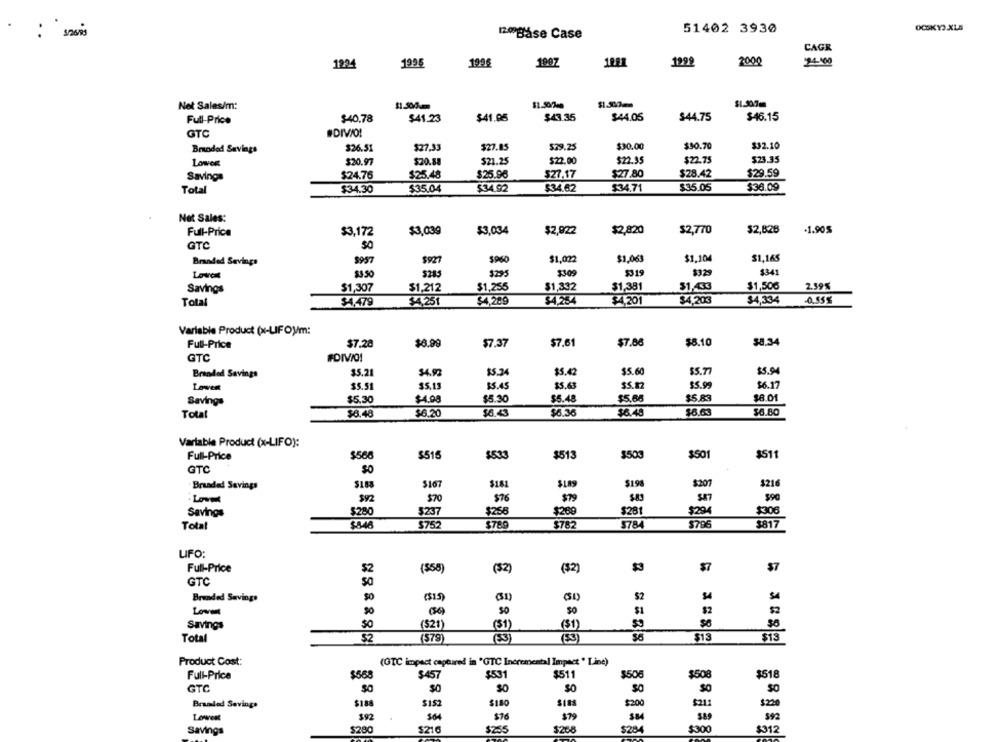
51402 3930
120Båse Case
CAGR
1934
1995
1996
1907
1992
2000
24-100
$1.50/7cm
$1.500m
$1.300m
Net Sales/m:
$40.78
$41.23
$41.05
$43.35
$44.05
$44.75
$46.15
Full-Price
GTC
#DIVO!
Branded Savings
$26.51
$27.93
$27.85
$29.25
$30.00
$50.70
$32.10
Lowes
$20.97
$20.88
$21.25
$22.00
$22.35
$22.75
$23.35
Savings
$24.76
$25.48
$25.96
$27.17
$27.80
$28.42
$29.59
$36.09
Total
$34.30
$35.04
$34.92
$34.62
$34.71
$35.05
Net Sales:
$3,034
$2,922
$2,820
$2,770
$2,828
.1.905
Full-Price
$3,172
$3,039
GTC
$957
$927
$960
$1,022
$1,063
$1.104
$1,165
Branded Savings
$3 .50
5285
$295
$309
5319
$329
$341
Savings
$1,307
$1,212
$1,255
$1,332
$1,381
$1,433
$1,506
2.59%
Total
$4,479
$4,251
$4,209
$4,254
$4.201
$4,203
$4,334
0.55%
Variable Product (x-LIFO)/m:
$8.34
Full-Price
$7.28
$6.99
$7.37
$7.61
$7.88
$8.10
GTC
$5.21
$5.34
$5.42
$5.60
SS.77
$5.94
Branded Savings
$5.51
35.13
$5.45
$5.63
$5.82
$5.99
$6.17
Lowest
Savings
$5.30
$4.00
$5.30
$5.48
$5.68
$5.83
$8.01
Total
$6.48
$6.20
$6.43
$6.30
$6.48
$6.80
Variable Product (x-LIFO):
Full-Price
$568
$515
$533
$513
$503
$501
$511
GTC
$181
$198
Branded Savings
5188
$16
$189
$:201
$216
Sa7
890
$92
$70
$76
$79
Savings
$280
$237
$256
$289
$281
$294
Total
$846
$752
$789
$782
5784
5796
3817
UFO:
Full-Price
$2
(558)
($2)
($2)
$3
$7
GTC
Branded Savings
($15
S4
Lowest
SO
30
$1
$2
$6
Savings
50
(521)
(51)
(1)
Total
52
(579
(53)
(53)
$13
$13
Product Cost:
(GTC impact captured in "GTC Incremental Impact " Line)
Full-Price
$568
$457
$53
$511
1508
$50
$518
GTC
$0
30
30
So
$0
Branded Savings
$180
$200
$211
$2
Lowest
392
364
$76
$79
$2.55
$288
5284
Savings
$280
$216
$300
3312